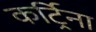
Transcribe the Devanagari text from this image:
कर्ट्रिना